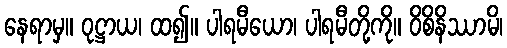
နေရာမှ။ ဝုဋ္ဌာယ၊ ထ၍။ ပါရမီယော၊ ပါရမီတို့ကို။ ဝိစိနိဿာမိ၊